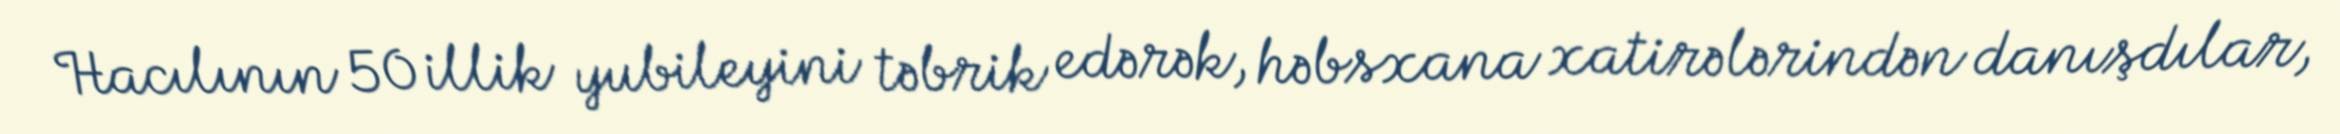
Hacılının 50 illik yubileyini təbrik edərək, həbsxana xatirələrindən danışdılar,